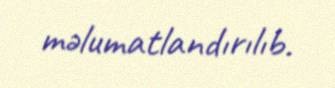
məlumatlandırılıb.